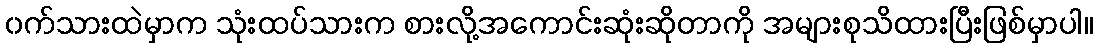
၀က်သားထဲမှာက သုံးထပ်သားက စားလို့အကောင်းဆုံးဆိုတာကို အများစုသိထားပြီးဖြစ်မှာပါ။